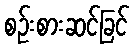
စဉ်းစားဆင်ခြင်